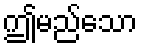
ဤမည်သော